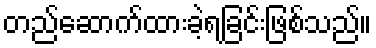
တည်ဆောက်ထားခဲ့ရခြင်းဖြစ်သည်။